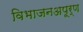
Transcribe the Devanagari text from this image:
विभाजनअपूर्ण